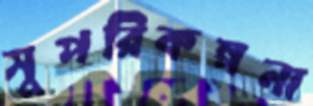
সুপরিকল্পনা